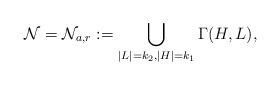
\begin{align*}\mathcal{N} = \mathcal{N}_{a,r}:= \bigcup_{|L|=k_2,|H|=k_1}\Gamma(H, L),\end{align*}